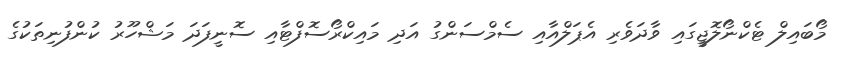
މޯބައިލް ޓެކްނޯލޮޖީގައި ވާދަވެރި އެޕަލްއާއި ސެމްސަންގު އަދި މައިކްރޯސޮފްޓާއި ސޮނީފަދަ މަޝްހޫރު ކުންފުނިތަކުގެ